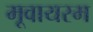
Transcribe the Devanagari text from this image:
मूवायरम